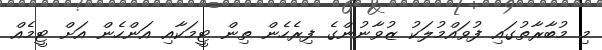
މި މުބާރާތުގައި ފުވައްމުލަކު ޒުވާނުންގެ ފިރެހެން ތިން ޓީމަކާއި އަންހެން އަށް ޓީމެއް